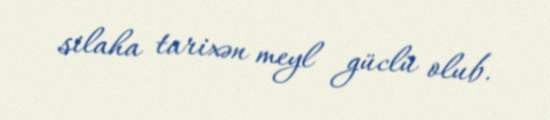
silaha tarixən meyl güclü olub.